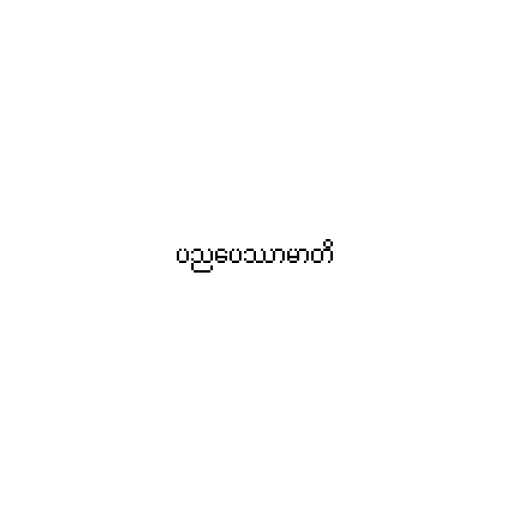
ပညပေဿာမာတိ